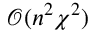
\mathcal { O } ( n ^ { 2 } \chi ^ { 2 } )